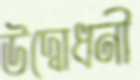
উদ্বোধনী